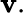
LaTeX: \mathbf{v}.